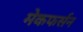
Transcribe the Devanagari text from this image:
मेकफर्सन